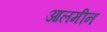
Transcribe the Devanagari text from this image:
आलमीन